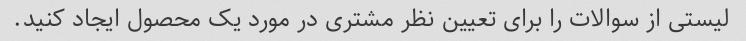
لیستی از سوالات را برای تعیین نظر مشتری در مورد یک محصول ایجاد کنید.